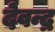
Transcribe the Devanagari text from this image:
देवन्द्र